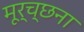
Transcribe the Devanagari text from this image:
मूर्च्छना